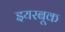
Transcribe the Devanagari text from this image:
इयरबूक